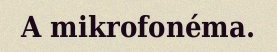
A mikrofonéma.